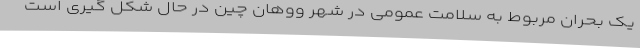
یک بحران مربوط به سلامت عمومی در شهر ووهان چین در حال شکل گیری است